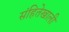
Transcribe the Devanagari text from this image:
संहितेखाली